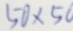
5 0 \times 5 0